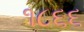
૧૮૬૬